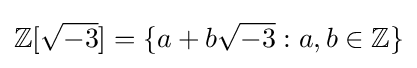
\mathbb {Z} [{\sqrt {-3}}]=\{a+b{\sqrt {-3}}:a,b\in \mathbb {Z} \}